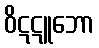
ဝိဋဋူဘော